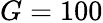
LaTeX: G=100